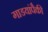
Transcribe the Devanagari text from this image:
गाडयांपैकी